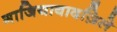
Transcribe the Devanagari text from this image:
गाजियाबादज़िले